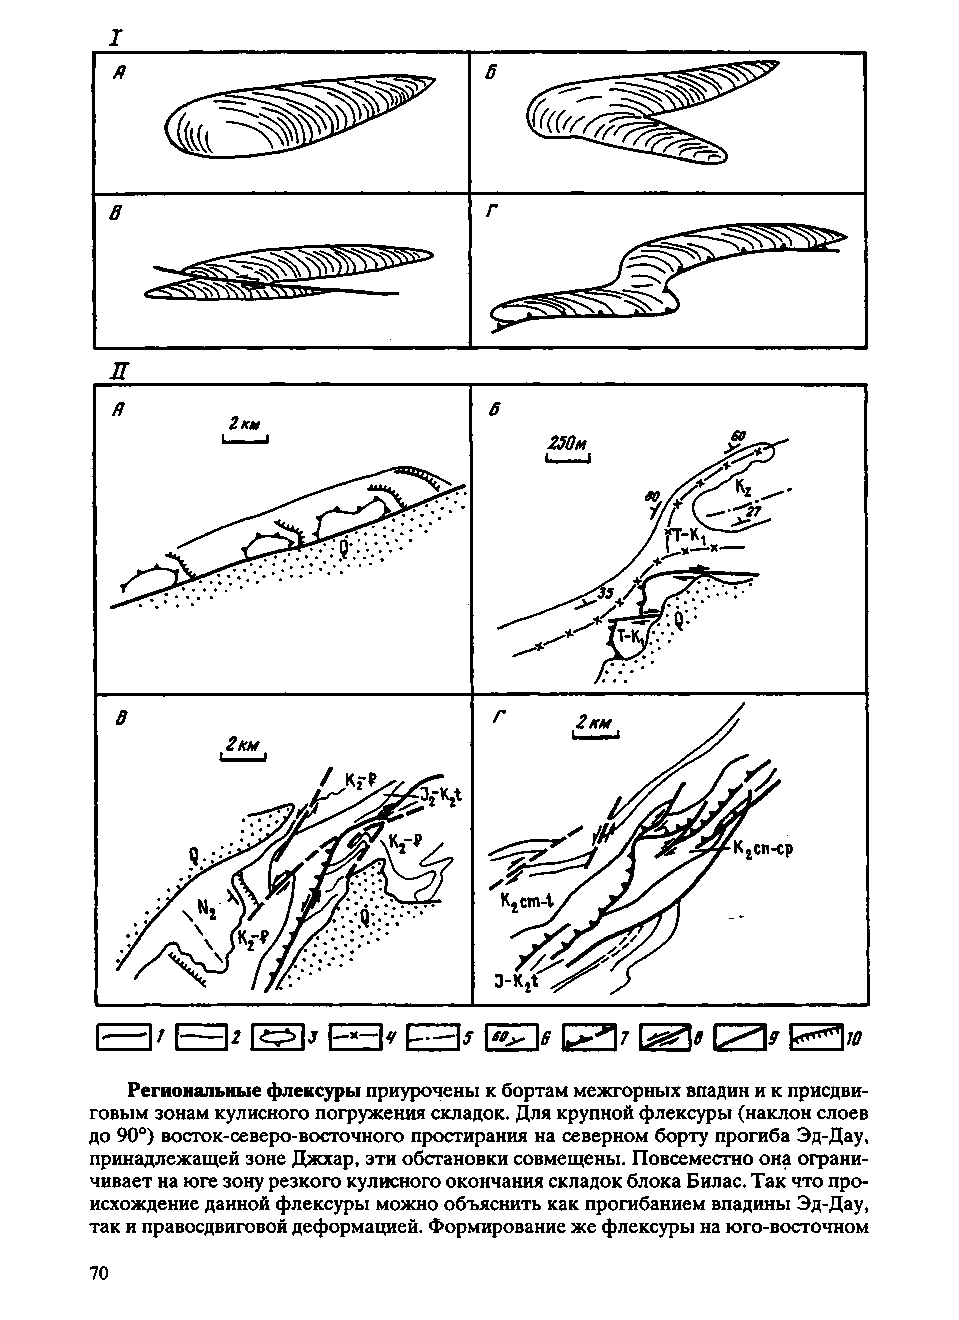
I
 Региональные флексуры приурочены к бортам межгорных впадин и к присдви-
 говым зонам кулисного погружения складок. Для крупной флексуры (наклон слоев
 до 90°) восток-северо-восточного простирания на северном борту прогиба Эд-Дау,
 принадлежащей зоне Джхар, эти обстановки совмещены. Повсеместно она ограни­
 чивает на юге зону резкого кулисного окончания складок блока Бил ас. Так что про­
 исхождение данной флексуры можно объяснить как прогибанием впадины Эд-Дау,
 так и правосдвиговой деформацией. Формирование же флексуры на юго-восточном
 70